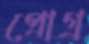
প্রোগ্র